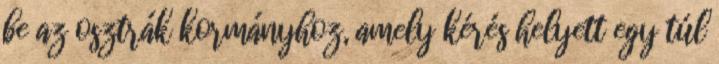
be az osztrák kormányhoz, amely kérés helyett egy túl